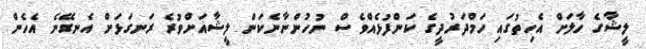
ލީޝާގެ ހާލަށް އެހިތުގައި ހަމްދަރުދީގެ ކަންފުޅެއްވެސް ނުހުންނާނެކަން ލީޝާއަށްވުރެ ރަނގަޅަށް އެނގޭނެ އެހެން